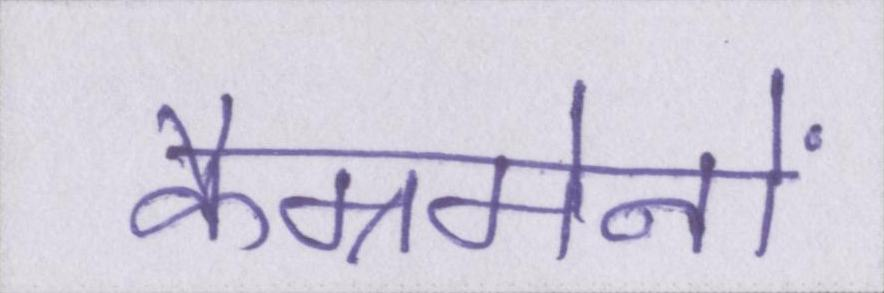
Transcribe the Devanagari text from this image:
कैम्रमेनों